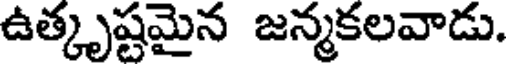
ఉత్కృష్టమైన జన్మకలవాడు.